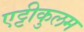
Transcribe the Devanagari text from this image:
एट्टीकुलम